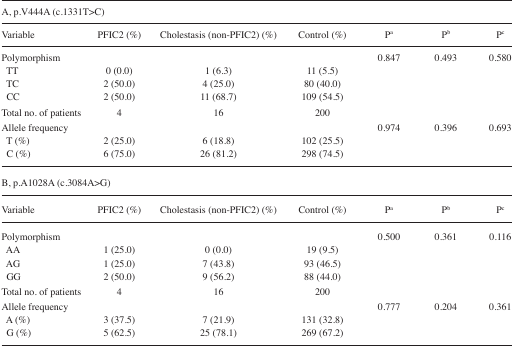
<table><thead><tr><td colspan="7"><b>A, p.V444A (c.1331T&gt;C)</b></td></tr><tr><td><b>Variable</b></td><td><b>PFIC2 (%)</b></td><td><b>Cholestasis (non-PFIC2) (%)</b></td><td><b>Control (%)</b></td><td><b>P<sup>a</sup></b></td><td><b>P<sup>b</sup></b></td><td><b>P<sup>c</sup></b></td></tr></thead><tbody><tr><td>Polymorphism</td><td></td><td></td><td></td><td>0.847</td><td>0.493</td><td>0.580</td></tr><tr><td> TT</td><td>0 (0.0)</td><td>1 (6.3)</td><td>11 (5.5)</td><td></td><td></td><td></td></tr><tr><td> TC</td><td>2 (50.0)</td><td>4 (25.0)</td><td>80 (40.0)</td><td></td><td></td><td></td></tr><tr><td> CC</td><td>2 (50.0)</td><td>11 (68.7)</td><td>109 (54.5)</td><td></td><td></td><td></td></tr><tr><td>Total no. of patients</td><td>4</td><td>16</td><td>200</td><td></td><td></td><td></td></tr><tr><td>Allele frequency</td><td></td><td></td><td></td><td>0.974</td><td>0.396</td><td>0.693</td></tr><tr><td> T (%)</td><td>2 (25.0)</td><td>6 (18.8)</td><td>102 (25.5)</td><td></td><td></td><td></td></tr><tr><td> C (%)</td><td>6 (75.0)</td><td>26 (81.2)</td><td>298 (74.5)</td><td></td><td></td><td></td></tr><tr><td colspan="7">B, p.A1028A (c.3084A&gt;G)</td></tr><tr><td>Variable</td><td>PFIC2 (%)</td><td>Cholestasis (non-PFIC2) (%)</td><td>Control (%)</td><td>P<sup>a</sup></td><td>P<sup>b</sup></td><td>P<sup>c</sup></td></tr><tr><td>Polymorphism</td><td></td><td></td><td></td><td>0.500</td><td>0.361</td><td>0.116</td></tr><tr><td> AA</td><td>1 (25.0)</td><td>0 (0.0)</td><td>19 (9.5)</td><td></td><td></td><td></td></tr><tr><td> AG</td><td>1 (25.0)</td><td>7 (43.8)</td><td>93 (46.5)</td><td></td><td></td><td></td></tr><tr><td> GG</td><td>2 (50.0)</td><td>9 (56.2)</td><td>88 (44.0)</td><td></td><td></td><td></td></tr><tr><td>Total no. of patients</td><td>4</td><td>16</td><td>200</td><td></td><td></td><td></td></tr><tr><td>Allele frequency</td><td></td><td></td><td></td><td>0.777</td><td>0.204</td><td>0.361</td></tr><tr><td> A (%)</td><td>3 (37.5)</td><td>7 (21.9)</td><td>131 (32.8)</td><td></td><td></td><td></td></tr><tr><td> G (%)</td><td>5 (62.5)</td><td>25 (78.1)</td><td>269 (67.2)</td><td></td><td></td><td></td></tr></tbody></table>